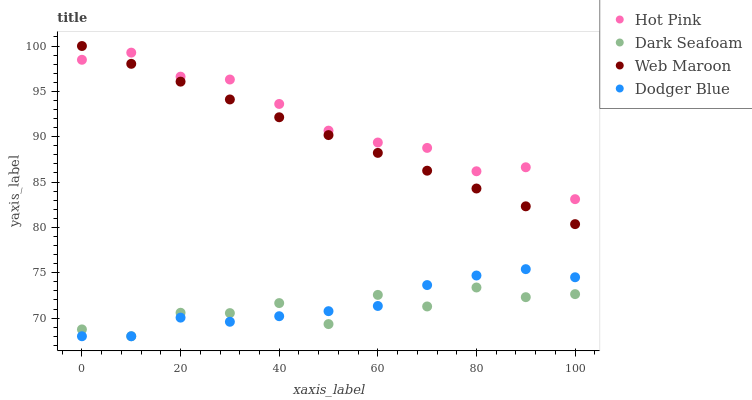
| xaxis_label | Hot Pink | Dark Seafoam | Web Maroon | Dodger Blue |
 | --- | --- | --- | --- | --- |
 | 0 | 98.5 | 68.8 | 100 | 68 |
 | 10 | 99.3 | 68 | 98 | 68 |
 | 20 | 96.6 | 70.6 | 96.1 | 70.1 |
 | 30 | 96.3 | 70.6 | 94.1 | 69.6 |
 | 40 | 93.6 | 71.7 | 92.1 | 70.2 |
 | 50 | 90.7 | 69.3 | 90.2 | 70.8 |
 | 60 | 89.4 | 72.6 | 88.2 | 71.3 |
 | 70 | 88.8 | 71.3 | 86.3 | 73.6 |
 | 80 | 86.2 | 73.4 | 84.3 | 74.7 |
 | 90 | 86.6 | 72.3 | 82.3 | 75.4 |
 | 100 | 83.1 | 72.6 | 80.4 | 74.5 |